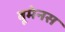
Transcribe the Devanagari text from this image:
वूमेनस